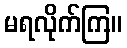
မရလိုက်ကြ။